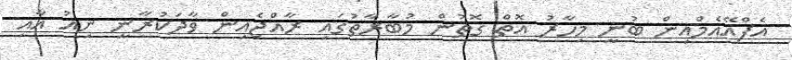
އެފްއޭއެމްއިން ބުނީ މިހާރު އޮތް ގޮތުން މުބާރާތުގައި ރާއްޖެއިން ވާދަކުރާނީ ނިއު އާއި